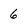
Character: 6